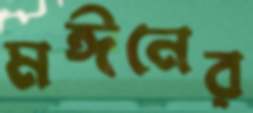
মঈনের